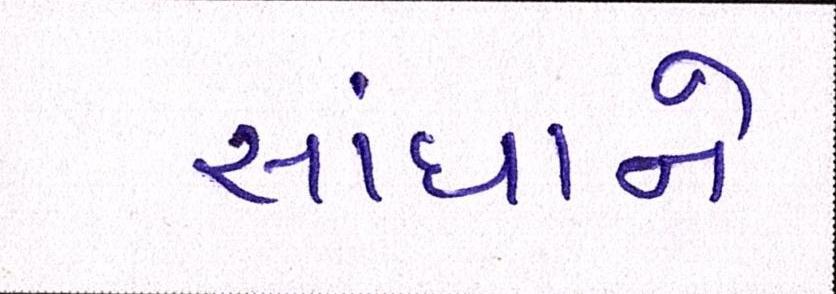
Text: સાંધાને